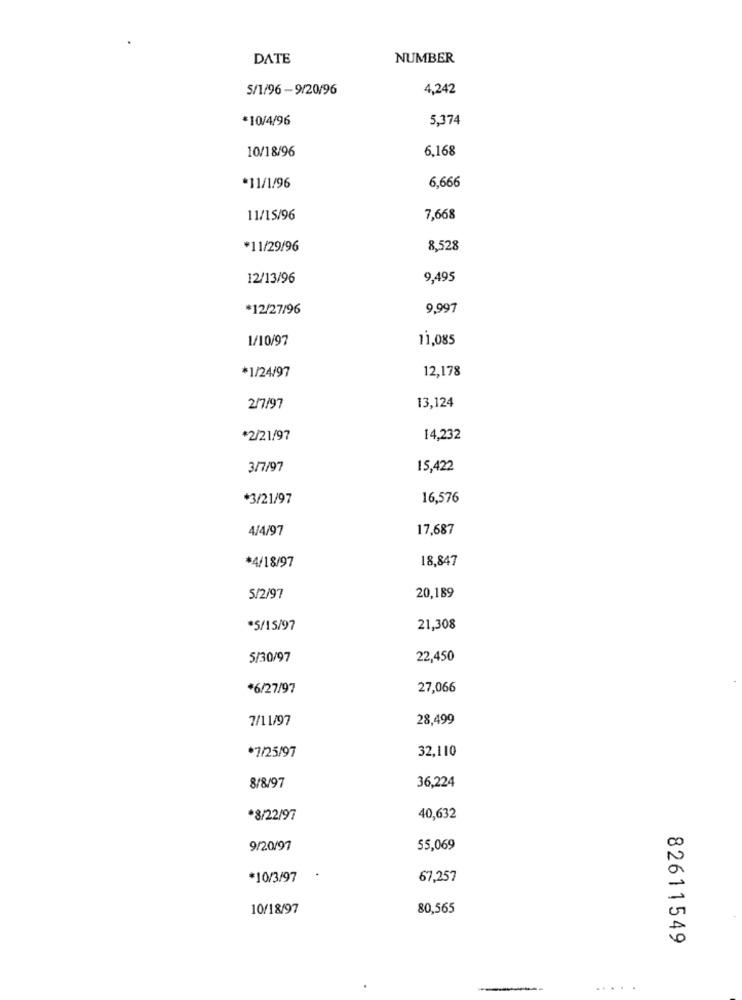
DATE
NUMBER
5/1/96 -9/20/96
4,242
*10/4/96
5,374
10/18/96
6,168
*11/1/96
6,666
11/15/96
7,668
*11/29/96
8,528
12/13/96
9,495
*12/27/96
9,997
1/10/97
11,085
12,178
*1/24/97
2/7/97
13,124
*2/21/97
14,232
3/7/97
15,422
*3/21/97
16,576
4/4/97
17,687
18,847
*4/18/97
20,189
5/2/97
*5/15/97
21,308
5/30/97
22,450
*6/27/97
27,066
7/11/97
28,499
*7/25/97
32,110
8/8/97
36,224
*8/22/97
40,632
9/20/97
55,069
00
*10/3/97
67,257
10/18/97
80,565
0
82611549